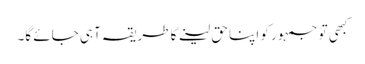
کبھی تو جمہور کو اپنا حق لینے کا طریقہ آہی جائے گا۔